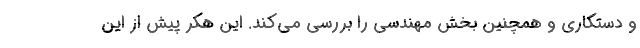
و دستکاری و همچنین بخش مهندسی را بررسی می‌کند. این هکر پیش از این